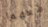
معهما